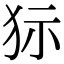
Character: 狋